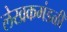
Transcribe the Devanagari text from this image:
लेखकमंडळी